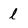
Character: l